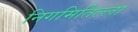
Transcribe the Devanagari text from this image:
निगमितिल्ला